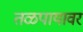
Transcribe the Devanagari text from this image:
तळपायावर